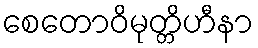
စေတောဝိမုတ္တိဟီနာ